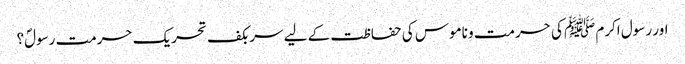
اور رسول اکرم ﷺ کی حرمت و ناموس کی حفاظت کے لیے سربکف تحریک حرمت رسولؐ؟